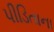
પીડિતાના